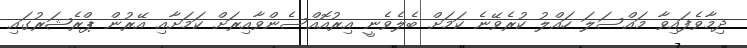
ދިމާވެފައިވާ މައްސަލަ ހައްލު ކުރެވޭނެ ކަމަށް ބެލެވެނީ އިރުއޮއްސެންވާއިރަށް ކަމަށާއި އޭރުން ޕްރެޝަރުގައި